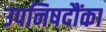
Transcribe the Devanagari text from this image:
उपनिषदौंका